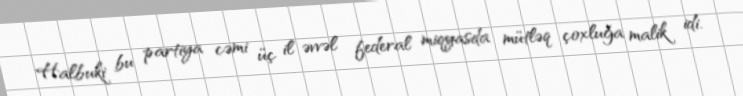
Halbuki bu partiya cəmi üç il əvvəl federal miqyasda mütləq çoxluğa malik idi.